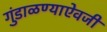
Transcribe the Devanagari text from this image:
गुंडाळण्याऐवजी